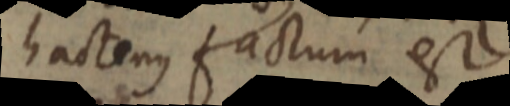
hactenus factum est